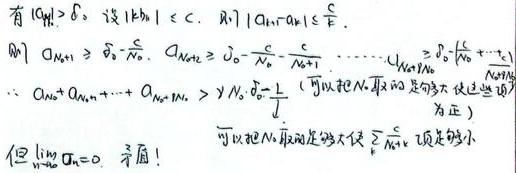
有 \(|a_{n}|\to \delta_{0}\). 设 \(|k_{n}|\lt C\). 则 \(|a_{n}-a_{k_{n}}|\leq \frac {C}{n}\).

则 \(a_{n+1}\geq \delta_{0}-\frac {c}{n}\), \(a_{n+2}\geq \delta_{0}-\frac {c}{n}-\frac {c}{n + 1},\cdots,a_{n+N_{0}}\geq \delta_{0}-(\frac {c}{n}+\cdots+\frac {c}{n+N_{0}-1})\)

\(\cdots a_{n}+a_{n + 1}+\cdots+a_{n+N_{0}-1}\gt N_{0}\cdot \delta_{0}-\sum_{i = 0}^{N_{0}-1}\frac {c}{n + i}\) (可以把 \(N_{0}\) 取的足够大使这些项为正)

可以把 \(N\) 取足够大使 \(\sum_{n = N}^{\infty}a_{n}\) 项足够小

但 \(\lim_{n\rightarrow\infty}a_{n}=0\) 矛盾！